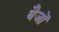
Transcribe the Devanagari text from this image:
बैजों